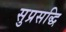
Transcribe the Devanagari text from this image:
सुप्रसद्धि